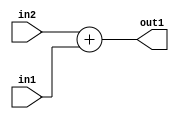
`timescale 1ps / 1ps
/*****************************************************************************
    Verilog RTL Description
    
    
    Created by: Stratus DpOpt 21.05.01 
*******************************************************************************/

module SobelFilter_Add_6Sx2U_6S_4 (
	in2,
	in1,
	out1
	); /* architecture "behavioural" */ 
input [5:0] in2;
input [1:0] in1;
output [5:0] out1;
wire [5:0] asc001;

assign asc001 = 
	+(in2)
	+(in1);

assign out1 = asc001;
endmodule

/* CADENCE  ubDzSwk= : u9/ySxbfrwZIxEzHVQQV8Q== ** DO NOT EDIT THIS LINE ******/